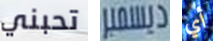
تحبني ديسمبر أي